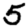
Digit: 5